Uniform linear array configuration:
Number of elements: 16
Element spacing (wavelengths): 0.5
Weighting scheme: blackman
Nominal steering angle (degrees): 45
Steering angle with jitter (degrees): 43.857
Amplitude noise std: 0.05
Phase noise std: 0.05

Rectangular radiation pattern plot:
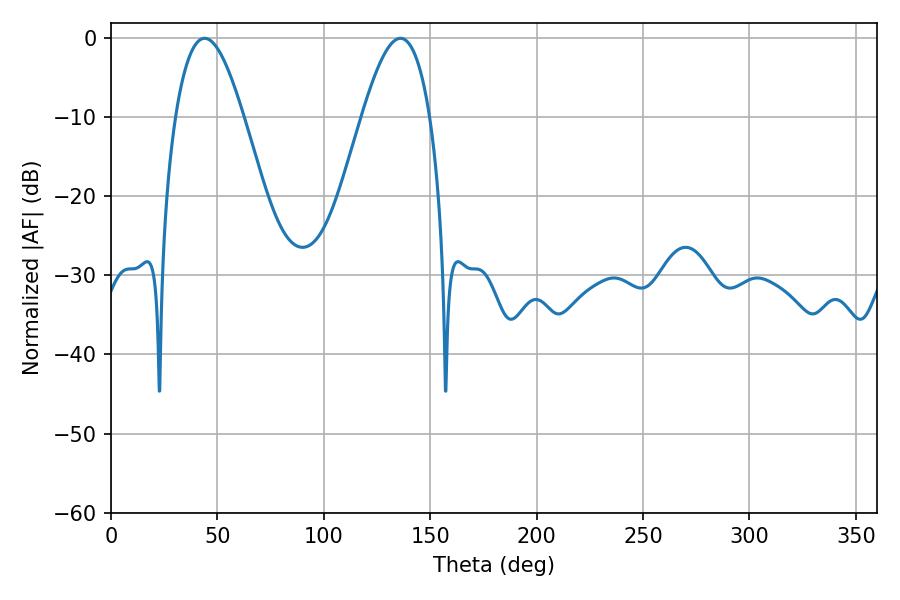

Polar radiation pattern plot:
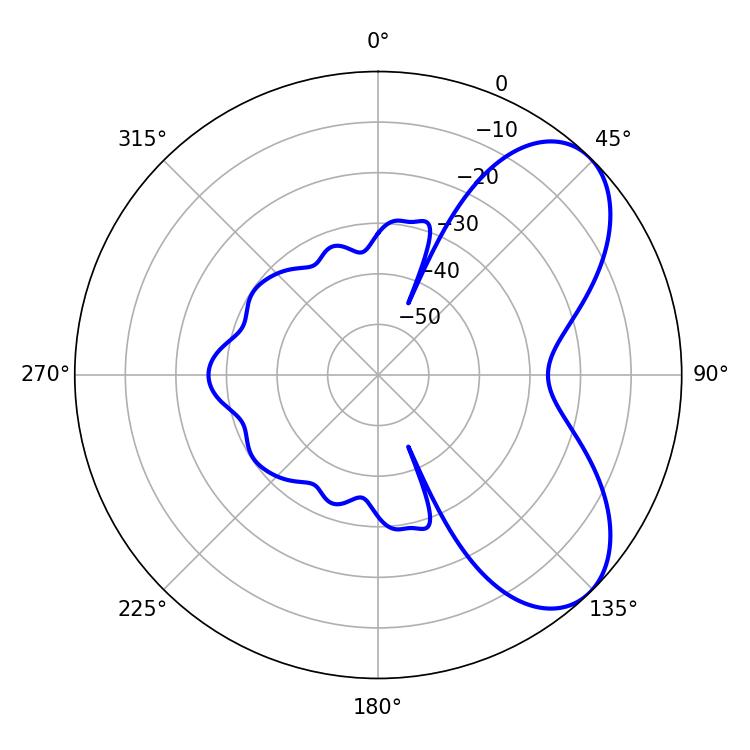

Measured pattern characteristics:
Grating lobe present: FALSE
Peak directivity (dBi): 6.34
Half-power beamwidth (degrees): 17.28
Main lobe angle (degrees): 43.92